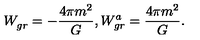
W _ { g r } ^ { } = - { \frac { 4 \pi m ^ { 2 } } { G } } , W _ { g r } ^ { a } = { \frac { 4 \pi m ^ { 2 } } { G } } .